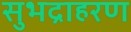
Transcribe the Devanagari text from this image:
सुभद्राहरण